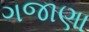
ગજાણા